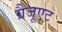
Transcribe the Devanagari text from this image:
ग्रैजूएट